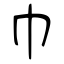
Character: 巾